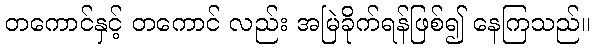
တကောင်နှင့် တကောင် လည်း အမြဲခိုက်ရန်ဖြစ်၍ နေကြသည်။